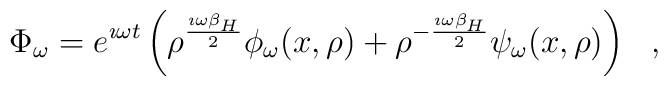
\Phi_\omega = e^{\imath \omega t}\left(\rho^{\imath \omega\beta_H\over 2}\phi_\omega (x,\rho )+\rho^{-{\imath \omega\beta_H\over 2}}\psi_\omega (x,\rho )\right)~~,